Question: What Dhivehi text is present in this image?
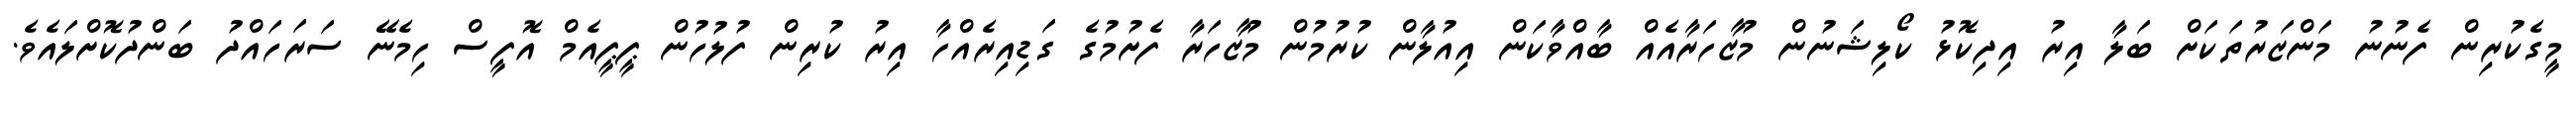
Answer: މީގެކުރިން ފެނުނު މަންޒަރުތަކަށް ބަލާ އިރު އިދިކޮޅު ކޯލިޝަނުން މުޒާހަރާއެއް ބާއްވާކަން އިއުލާން ކުރުމުން މުޒާހަރާ ފެށުމުގެ ގަޑިއިރެއްހާ އިރު ކުރިން ފުލުހުން ޕީޕީއެމް އޮފީސް ހިމެނޭ ސަރަހައްދު ބަންދުކޮށްލައެވެ.